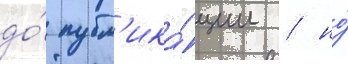
до́ публ'ика́ции / но́